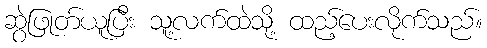
ဆွဲဖြုတ်ယူပြီး သူ့လက်ထဲသို့ ထည့်ပေးလိုက်သည်။